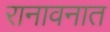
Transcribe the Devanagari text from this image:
रानावनात